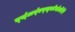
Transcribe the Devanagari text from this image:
द्स्॑अव्॑एव्स्स्वेर्सत्येरेरे